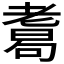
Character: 𦓂